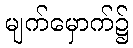
မျက်မှောက်၌